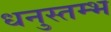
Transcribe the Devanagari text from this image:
धनुस्तम्भ